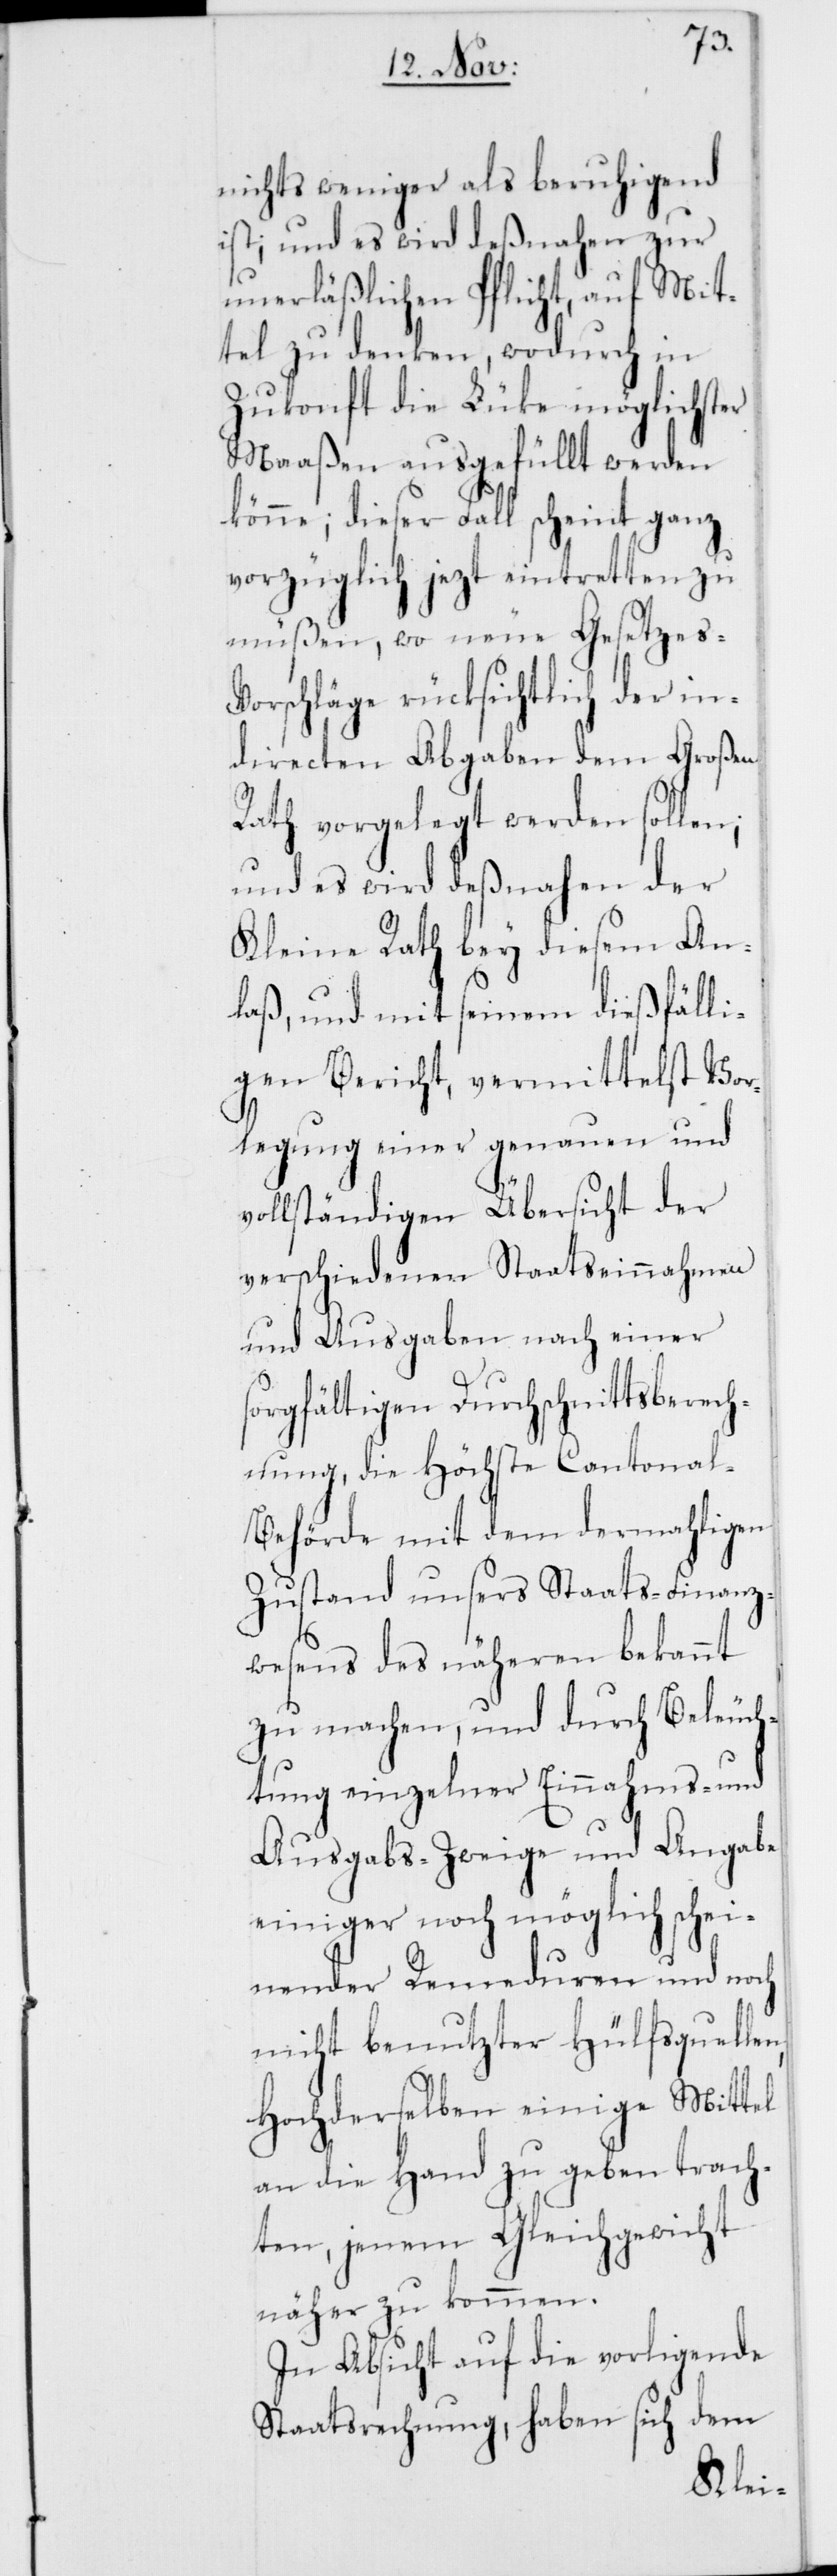
nichts weniger als beruhigend
ist; und es wird deßnahen zur
unerläßlichen Pflicht, auf Mit¬
tel zu denken, wodurch in
Zukonft die Lücke möglichster
Maaßen ausgefüllt werden
könne; dieser Fall scheint ganz
vorzüglich jezt eintretten zu
müßen, wo neue Gesetzes-V¬
orschläge rücksichtlich der in¬
directen Abgaben dem Großen
Rath vorgelegt werden sollen;
und es wird deßnahen der
Kleine Rath bey diesem An¬
laß und mit seinem dießfälli¬
gen Bericht, vermittelst Vor¬
legung einer genauen und
vollständigen Übersicht der
verschiedenen Staatseinnahmen
und Ausgaben nach einer
sorgfältigen Durchschnittsberech¬
nung, die Höchste Cantonal-B¬
ehörde mit dem dermahligen
Zustand unsers Staats-Finanz¬
wesens des näheren bekannt
zu machen, und durch Beleuch¬
tung einzelner Einnahms- und
Ausgabs-Zweige und Angabe
einiger noch möglich schei¬
nender Remeduren und noch
nicht benutzter Hülfsquellen,
Hochderselben einige Mittel
an die Hand zu geben trach¬
ten, jenem Gleichgewicht
näher zu kommen.
In Absicht auf die vorligende
Staatsrechnung, haben sich dem